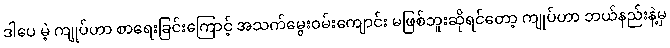
ဒါပေ မဲ့ ကျုပ်ဟာ စာရေးခြင်းကြောင့် အသက်မွေးဝမ်းကျောင်း မဖြစ်ဘူးဆိုရင်တော့ ကျုပ်ဟာ ဘယ်နည်းနဲ့မှ